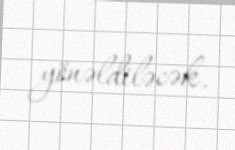
yönəldiləcək.